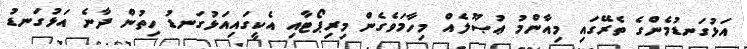
އަޅުގަނޑުމެންގެ ތެރޭގައި މިއާންމު ޢުޞޫލެއް މިހާމަވެގެން މިރިޕޯޓާއި އެކީގައިއަޅުގަނޑު ހިތުން ދާނެ އަޅުގަނޑު